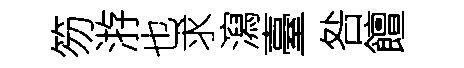
笏㳺也求瀉臺咎饘